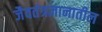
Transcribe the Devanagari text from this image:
जैवतंत्रज्ञानातील